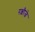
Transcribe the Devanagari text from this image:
रक्षीजे